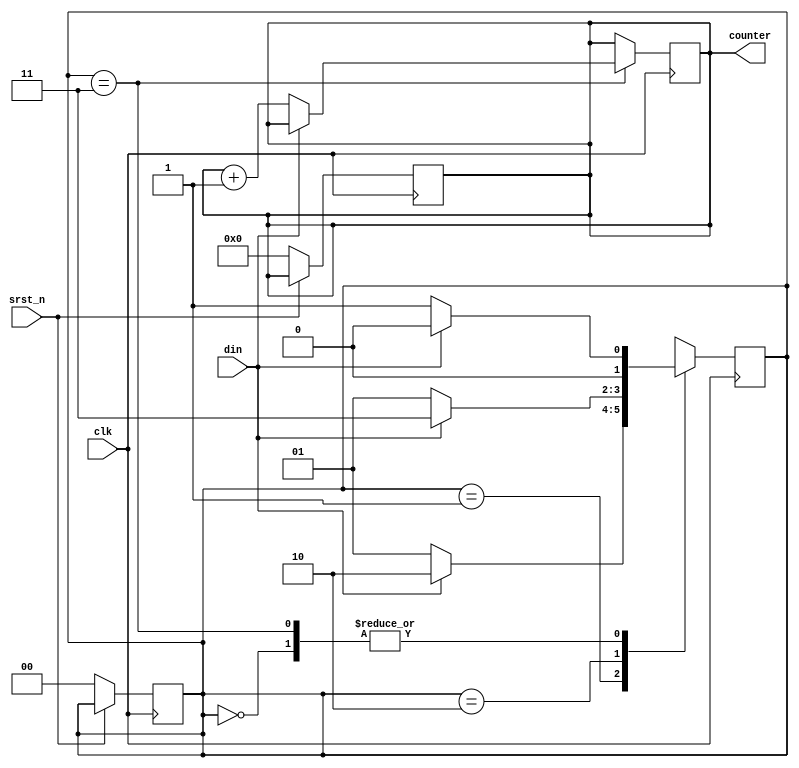
module pattern_recognition(
  // Outputs
  counter,
  // Inputs
  clk, srst_n, din
);
  parameter s0 = 2'b00,
            s1 = 2'b01,
            s2 = 2'b10,
            s3 = 2'b11;

  input               clk;
  input               srst_n;
  input               din;

  // output logic [15:0] counter;	// for .sv
  output reg [15:0] counter;
  reg [1:0] state, next;
  
  always@(posedge clk) begin
    case(state)
      s0: begin
        if(!din)
          state <= s1;
        else
          state <= s0;
      end
      
      s1: begin
        if(din)
          state <= s2;
        else
          state <= s1;
      end
      
      s2: begin
        if(din)
          state <= s3;
        else
          state <= s1;
      end
      
      s3: begin 
        if(!din) begin
          state <= s1; 
          counter <= counter + 1'b1;
        end
        else
          state <= s0;
      end
    endcase
  end 
  
  always@(posedge clk) begin
    if(!srst_n) begin
      counter <= 16'b0;
      state <= s0;
    end
  end
endmodule